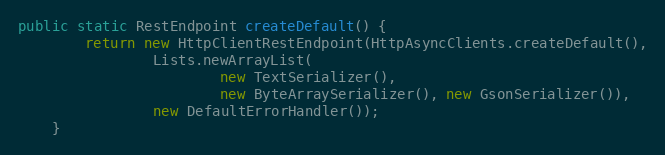
Language: Java
public static RestEndpoint createDefault() {
        return new HttpClientRestEndpoint(HttpAsyncClients.createDefault(),
                Lists.newArrayList(
                        new TextSerializer(),
                        new ByteArraySerializer(), new GsonSerializer()),
                new DefaultErrorHandler());
    }